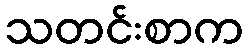
သတင်းစာက